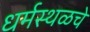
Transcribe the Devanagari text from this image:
धर्मस्थळचे